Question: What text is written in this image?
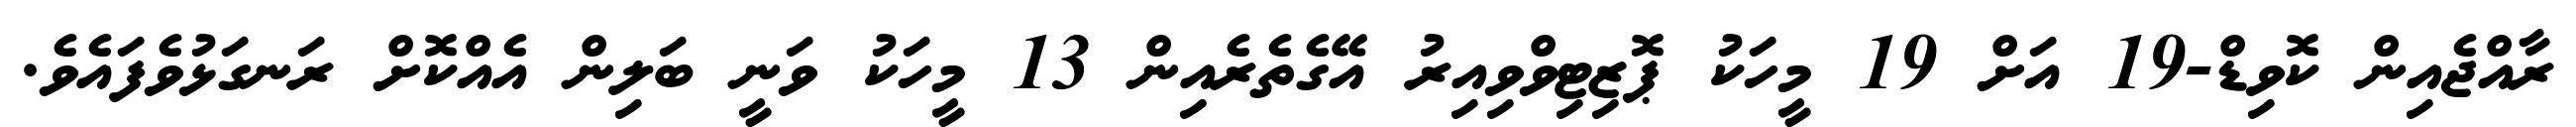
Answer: ރާއްޖެއިން ކޮވިޑް-19 އަށް 19 މީހަކު ޕޮޒިޓިވްވިއިރު އޭގެތެރެއިން 13 މީހަކު ވަނީ ބަލިން އެއްކޮށް ރަނގަޅުވެފައެވެ.